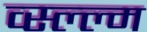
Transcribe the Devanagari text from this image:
व्स्ल्ल्म